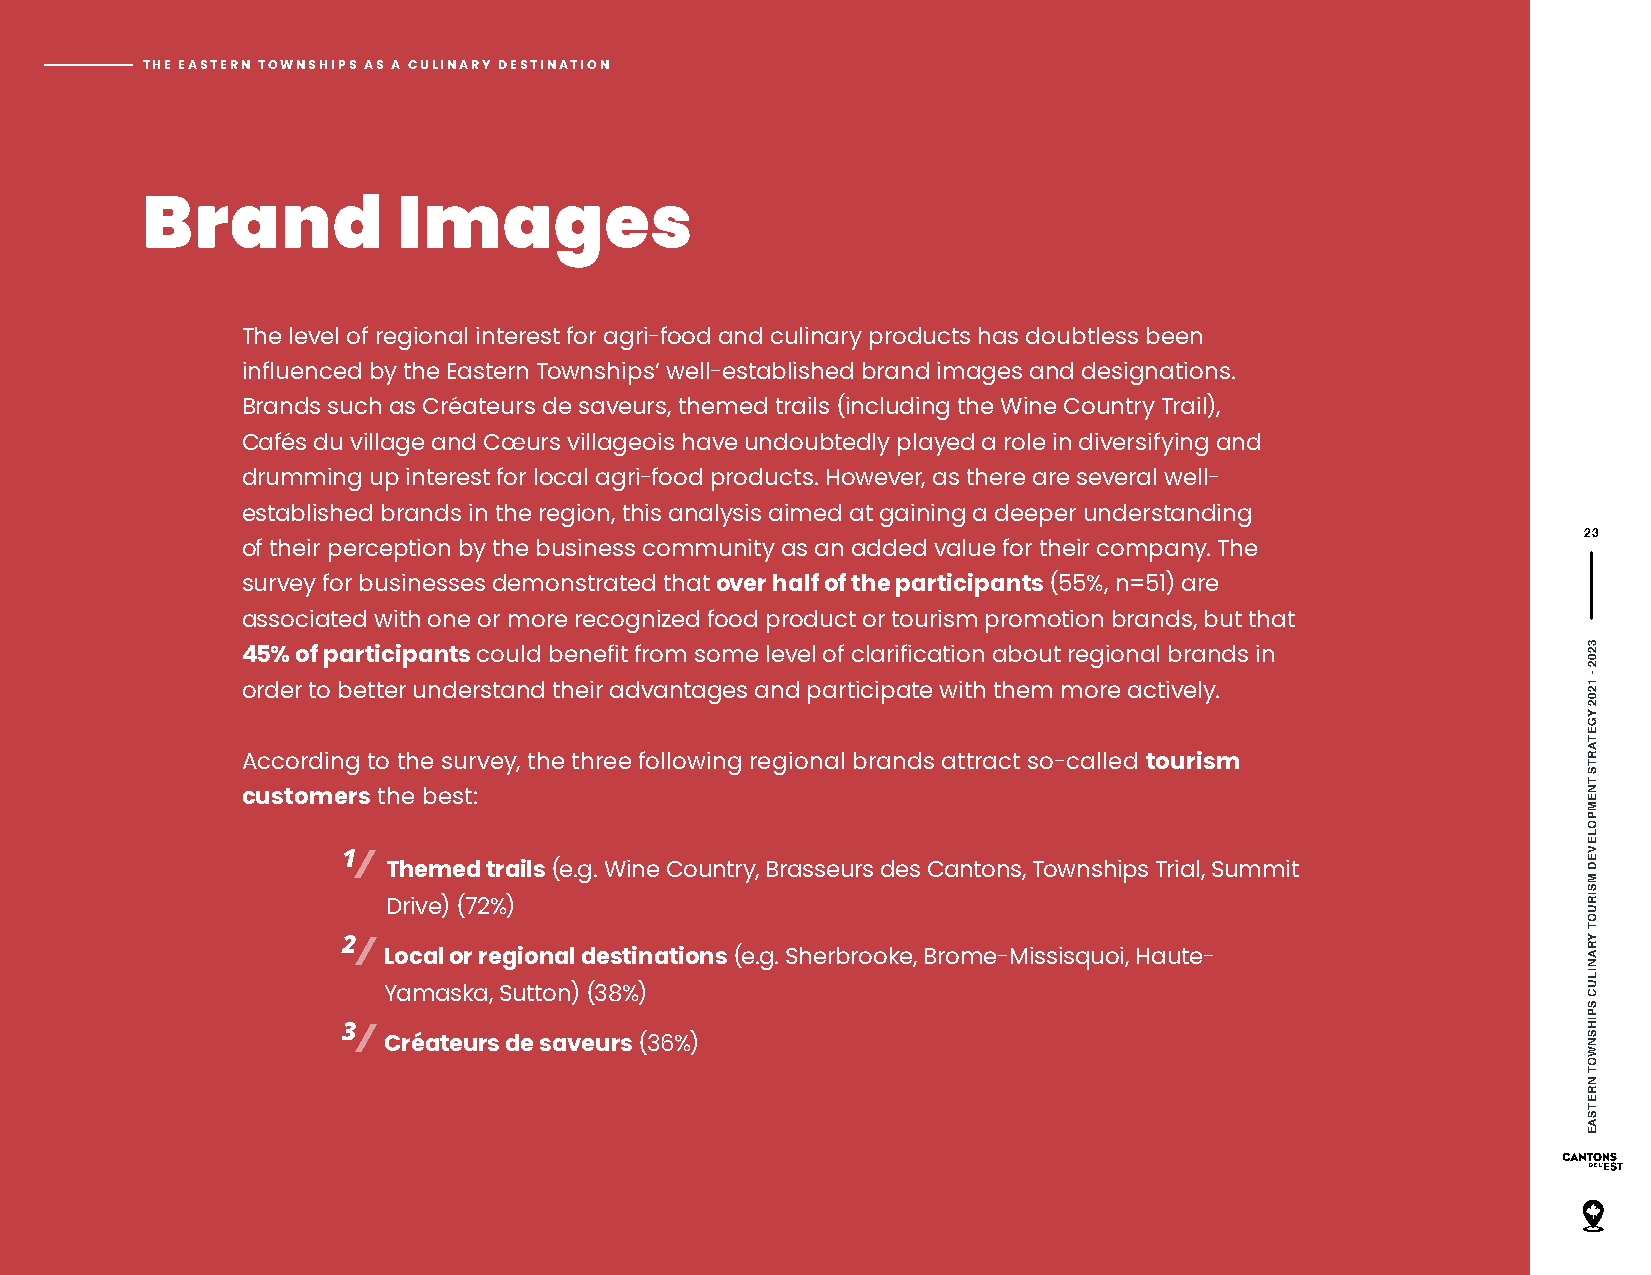
THE EASTERN TOWNSHIPS AS A CULINARY DESTINATION
 Brand            Images
 The level of regional interest for agri-food and culinary products has doubtless been
 influenced by the Eastern Townships’ well-established brand images and designations.
 Brands such as Créateurs de saveurs, themed trails (including the Wine Country Trail),
 Cafés du village and Cœurs villageois have undoubtedly played a role in diversifying and
 drumming up interest for local agri-food products. However, as there are several well-
 established brands in the region, this analysis aimed at gaining a deeper understanding
 23
 of their perception by the business community as an added value for their company. The
 survey for businesses demonstrated that over half of the participants (55%, n=51) are
 associated with one or more recognized food product or tourism promotion brands, but that
 45% of participants could benefit from some level of clarification about regional brands in
 order to better understand their advantages and participate with them more actively.
 According to the survey, the three following regional brands attract so-called tourism
 customers the best:
 1/
 Themed trails (e.g. Wine Country, Brasseurs des Cantons, Townships Trial, Summit
 Drive) (72%)
 2/
 Local or regional destinations (e.g. Sherbrooke, Brome-Missisquoi, Haute-
 Yamaska, Sutton) (38%)
 3/
 Créateurs de saveurs (36%)
 3202
 -
 1202
 YGETARTS
 TNEMPOLEVED
 MSIRUOT
 YRANILUC
 SPIHSNWOT
 NRETSAE